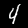
Digit: 4